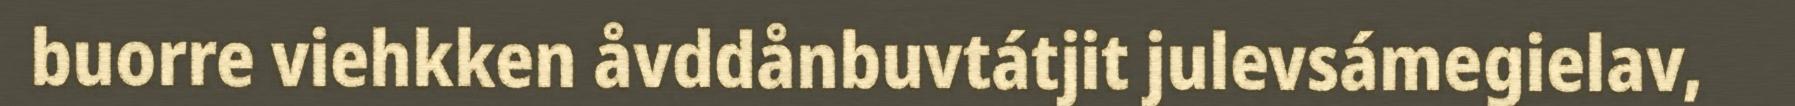
buorre viehkken åvddånbuvtátjit julevsámegielav,